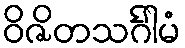
ဝိဇိတသင်္ဂါမံ